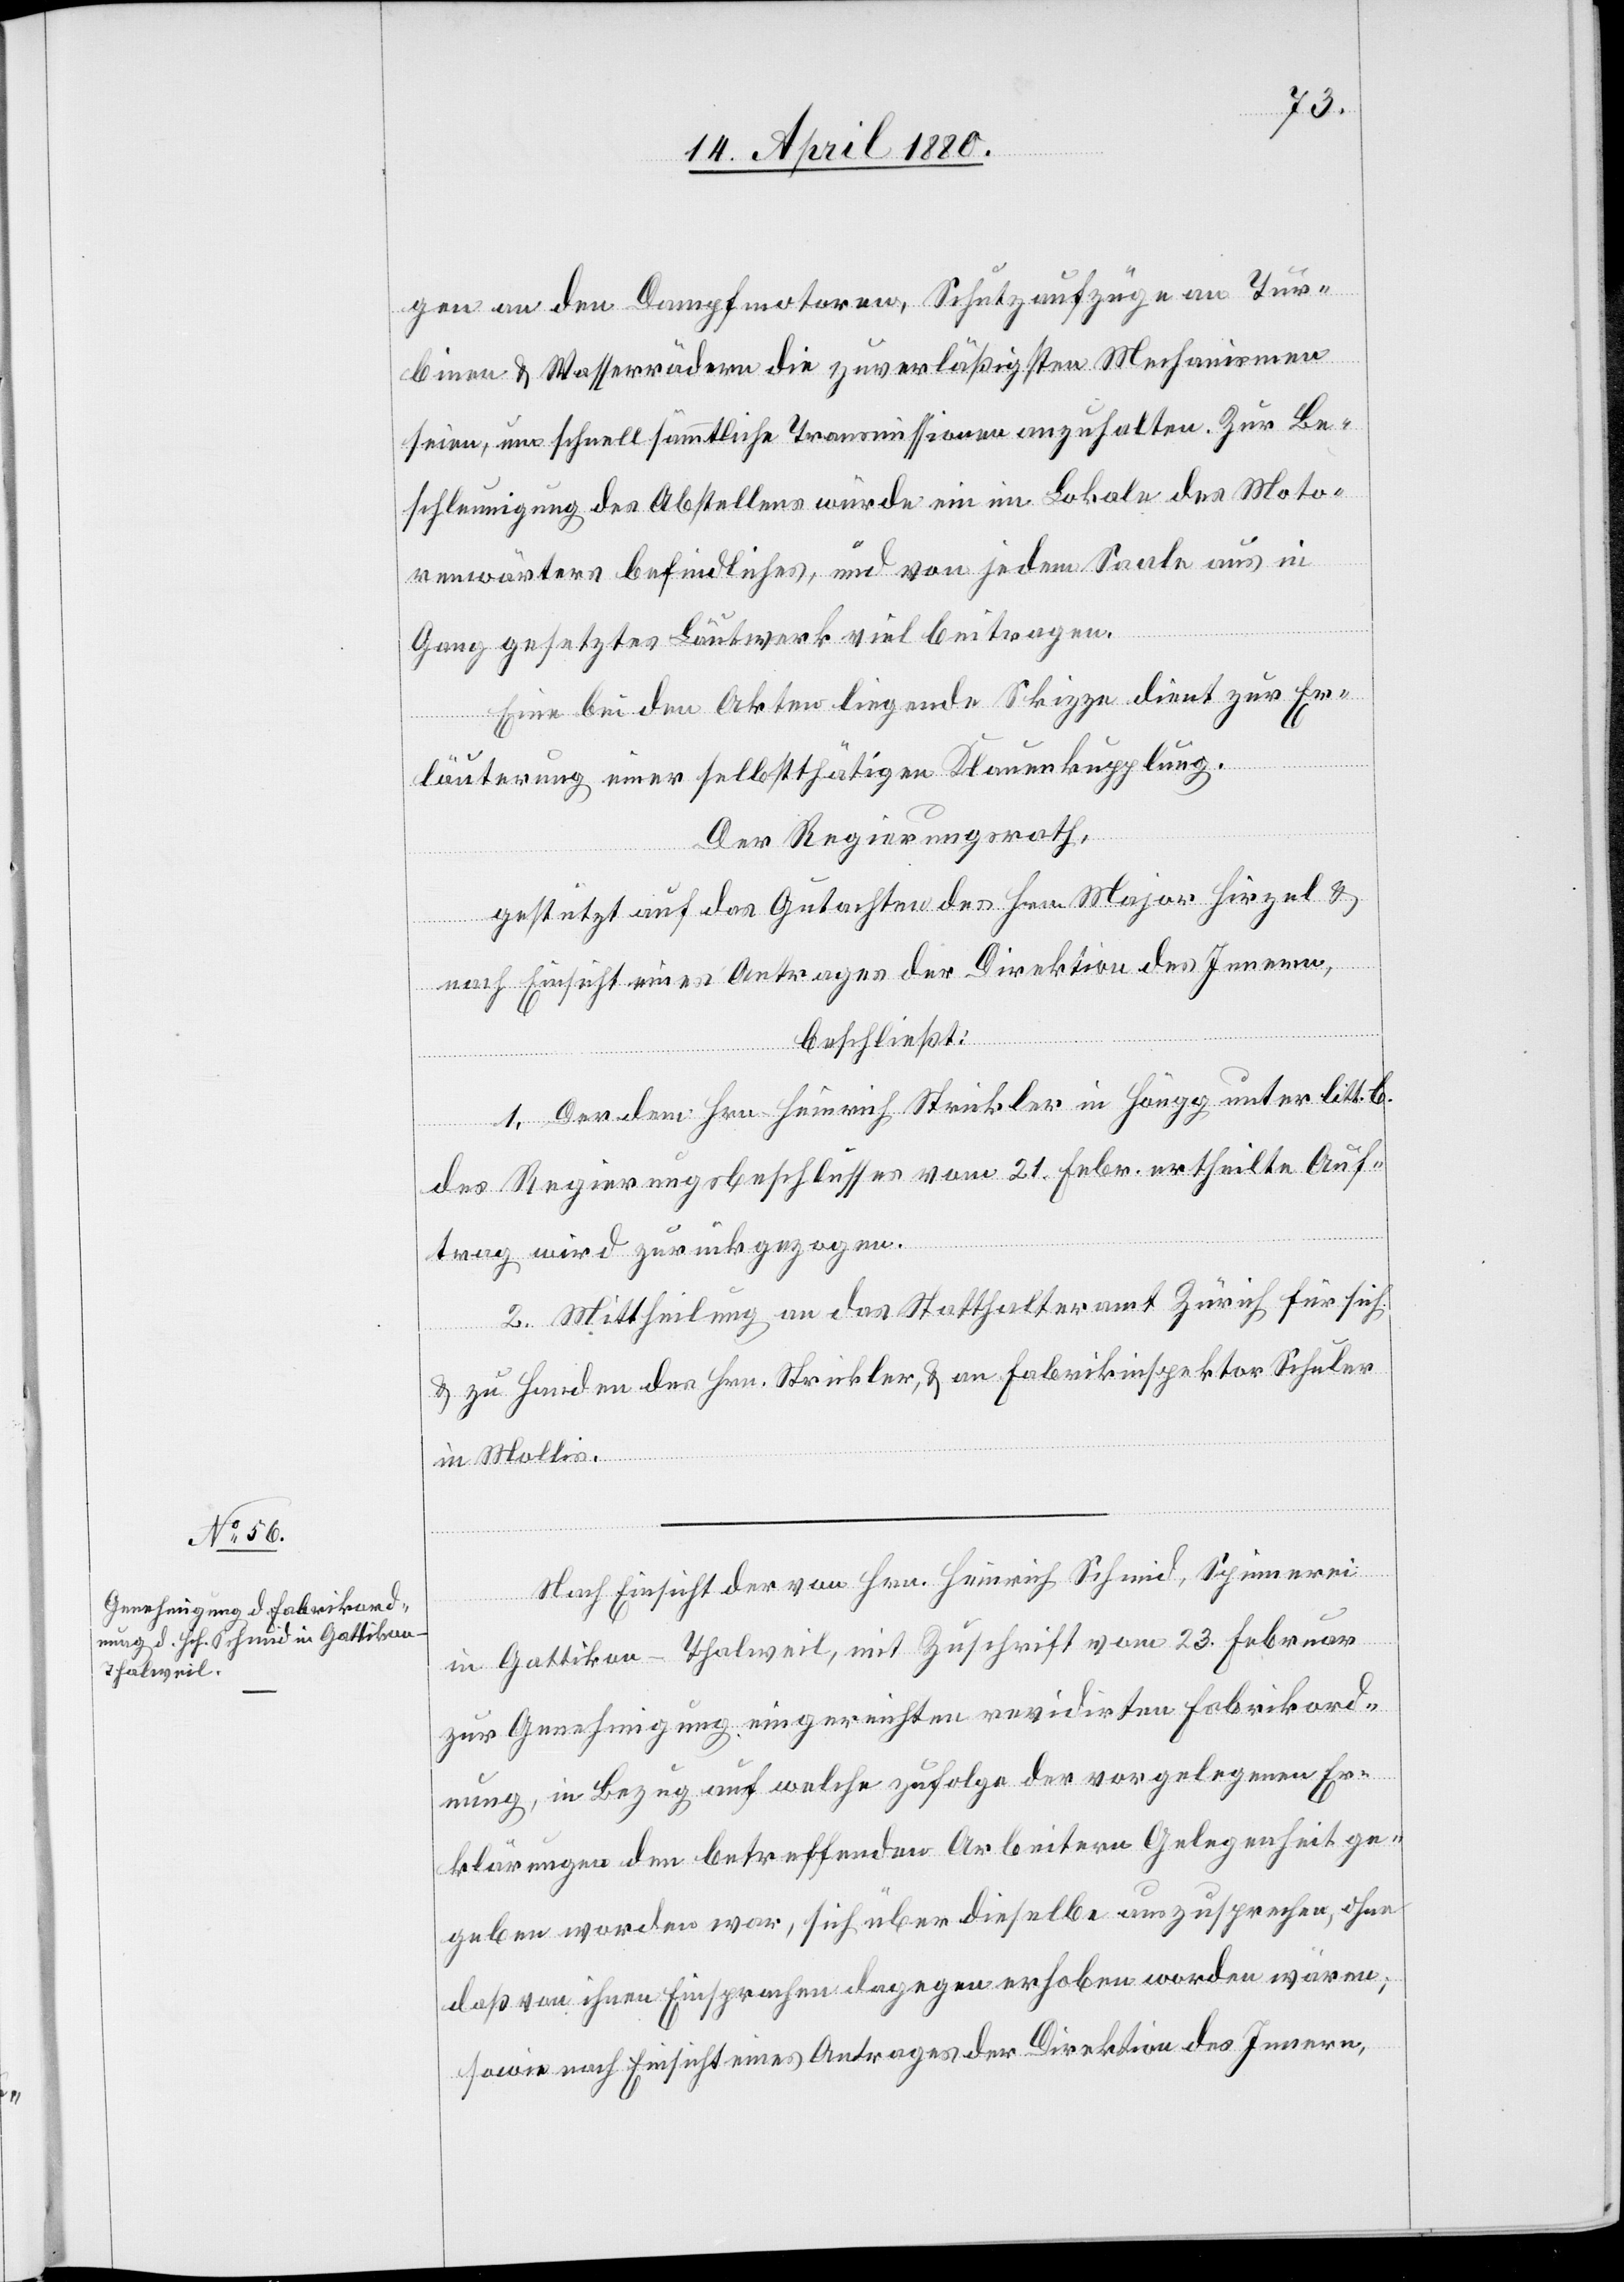
gen an den Dampfmotoren, Schutzaufzüge an Tur¬
binen & Wasserräder die zuverläßigsten Mechanismen
seien, um schnell sämmtliche Transmissionen anzuhalten. Zur Be¬
schleunigung des Abstellens würde ein im Lokale des Moto¬
renwärters befindliches, und von jedem Saale aus in
Gang gesetztes Läutwerk viel beitragen.
Eine bei den Akten liegende Skizze dient zur Er¬
läuterung einer selbstthätigen Klauenkupplung.
Der Regierungsrath,
gestützt auf das Gutachten des Hrn. Major Hirzel &
nach Einsicht eines Antrages der Direktion des Innern,
beschließt:
1. Der dem Hrn. Heinrich Strickler in Höngg unter litt. b.
des Regierungsbeschlusses vom 21. Febr. ertheilte Auf¬
trag wird zurückgezogen.
2. Mittheilung an das Statthalteramt Zürich für sich
& zu Handen des Hrn. Strickler, & an Fabrikinspektor Schuler
in Mollis.
Nach Einsicht der von Hrn. Heinrich Schmid, Spinnerei
in Gattikon - Thalweil, mit Zuschrift vom 23. Februar
zur Genehmigung eingereichten revidirten Fabrikord¬
nung, in Bezug auf welche zufolge der vorgelegenen Er¬
klärungen den betreffenden Arbeitern Gelegenheit ge¬
geben worden war, sich über dieselbe auszusprechen, ohne
daß von ihnen Einsprachen dagegen erhoben worden wären;
sowie nach Einsicht eines Antrages der Direktion des Innern,